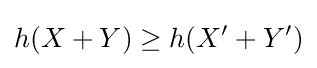
h(X+Y)\geq h(X'+Y')